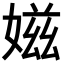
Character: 𡞰